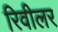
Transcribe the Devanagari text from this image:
रिवीलर